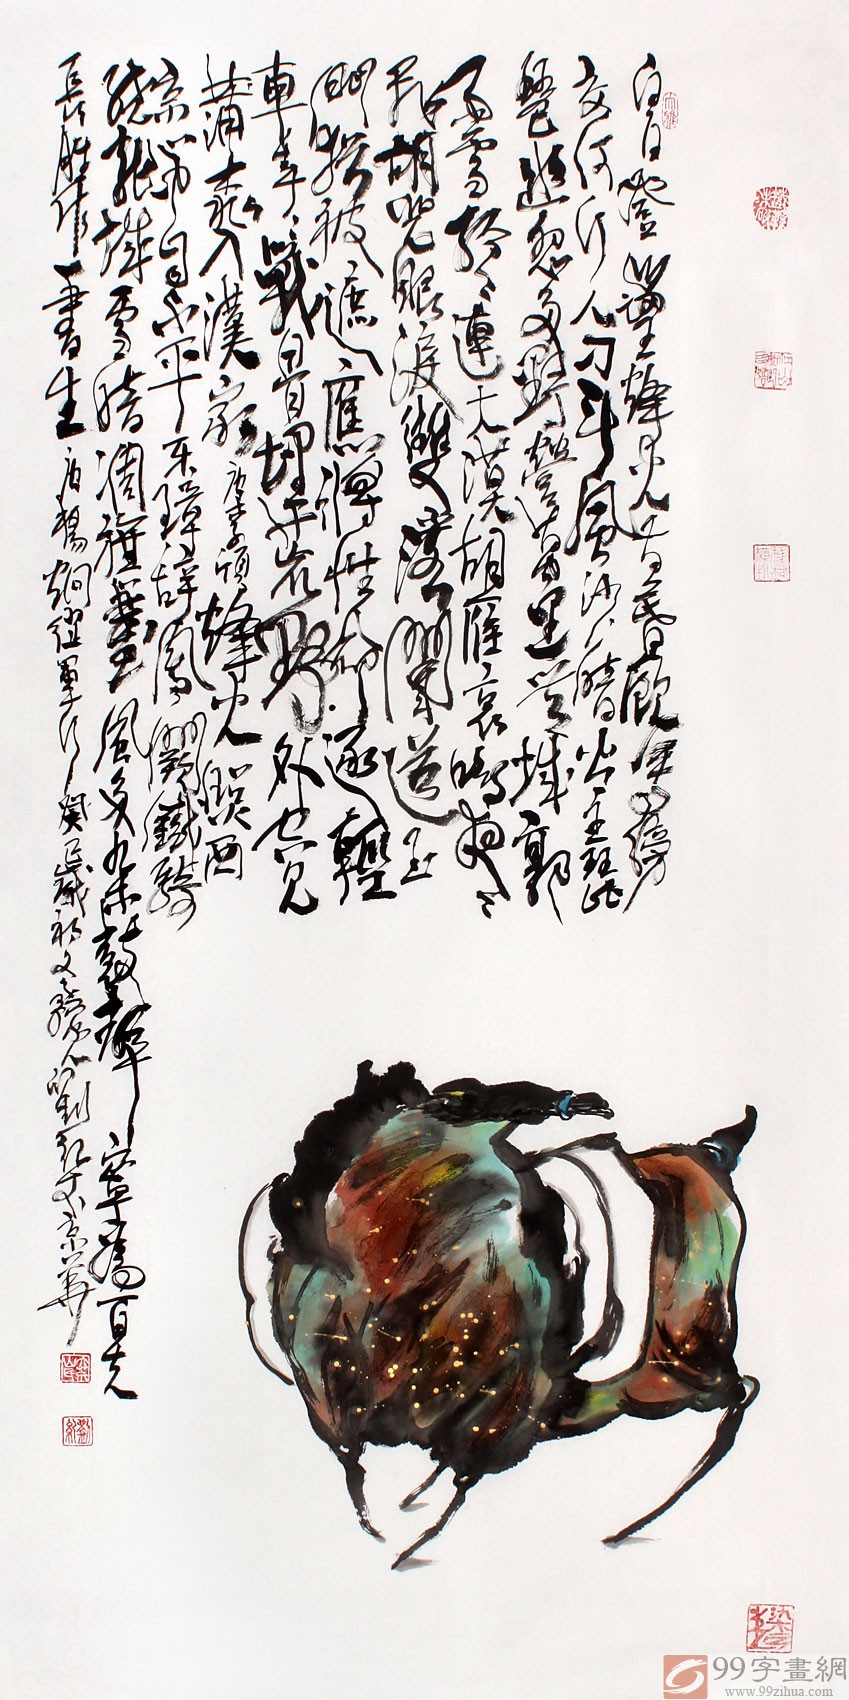
白日登山望烽火，黄昏饮马傍交河。